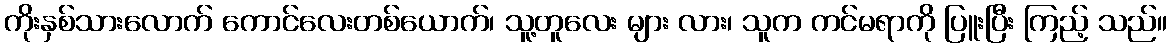
ကိုးနှစ်သားလောက် ကောင်လေးတစ်ယောက်၊ သူ့တူလေး များ လား၊ သူက ကင်မရာကို ပြူးပြီး ကြည့် သည်။